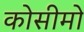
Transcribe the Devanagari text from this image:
कोसीमो